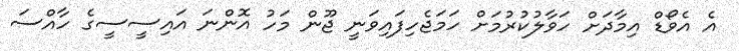
އެ އެވޯޑް އިމާދަށް ހަވާލުކުރުމަށް ހަމަޖެހިފައިވަނީ ޖޫން މަހު އޮންނަ އައިސީސީގެ ހާއްސަ